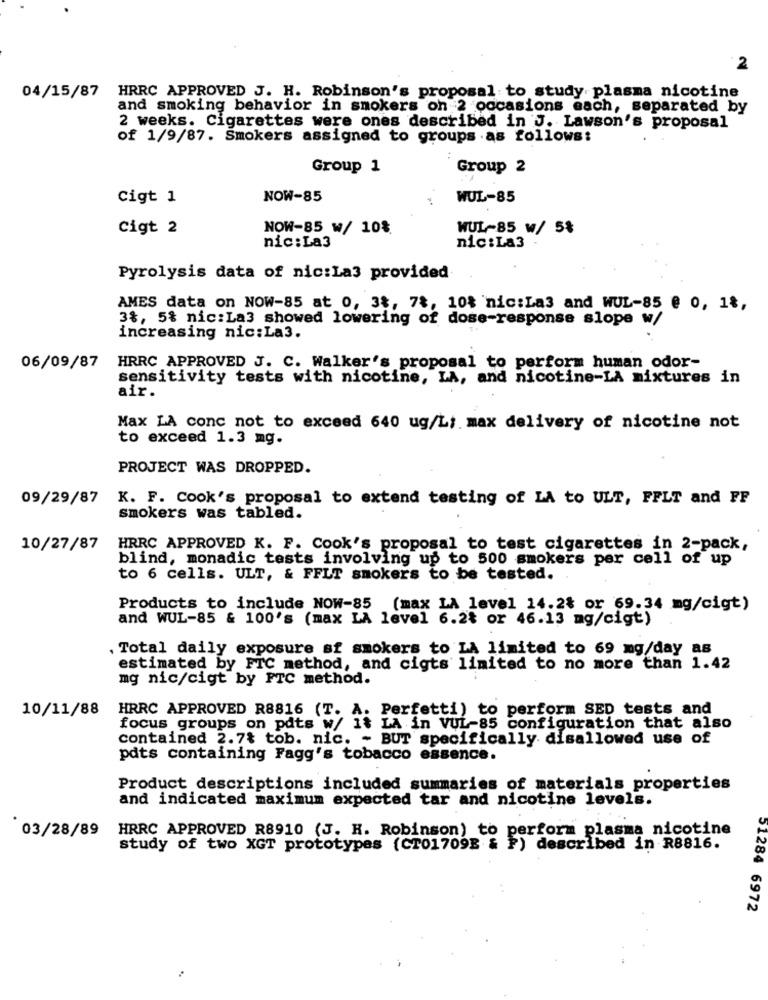
2
04/15/87 HRRC APPROVED J. H. Robinson's proposal to study plasma nicotine
and smoking behavior in smokers on 2 occasions each, separated by
2 weeks. Cigarettes were ones described in J. Lawson's proposal
of 1/9/87. Smokers assigned to groups .as follows:
Group 1
Group 2
Cigt 1
NOW-85
WUL-85
Cigt 2
NOW-85 w/ 10%.
WUL-85 w/ 5%
nic:La3
nic: La3
Pyrolysis data of nic:La3 provided
AMES data on NOW-85 at 0, 3%, 7%, 10% 'nic:La3 and WUL-85 @ 0, 1%,
3%, 5% nic:La3 showed lowering of dose-response slope w/
increasing nic:La3.
06/09/87
HRRC APPROVED J. C. Walker's proposal to perform human odor-
sensitivity tests with nicotine, LA, and nicotine-LA mixtures in
air.
Max LA conc not to exceed 640 ug/Li max delivery of nicotine not
to exceed 1.3 mg.
PROJECT WAS DROPPED.
09/29/87
K. F. Cook's proposal to extend testing of LA to ULT, FFLT and FF
smokers was tabled.
10/27/87
HRRC APPROVED K. F. Cook's proposal to test cigarettes in 2-pack,
blind, monadic tests involving up to 500 smokers per cell of up
to 6 cells. ULT, & FFLT smokers to be tested.
Products to include NOW-85 (max LA level 14.2% or 69.34 mg/cigt)
and WUL-85 & 100's (max LA level 6.2t or 46.13 mg/cigt)
, Total daily exposure sf smokers to LA limited to 69 mg/day as
estimated by FTC method, and cigts limited to no more than 1.42
mg nic/cigt by FTC method.
10/11/88 HRRC APPROVED R8816 (T. A. Perfetti) to perform SED tests and
focus groups on pdts w/ 1& LA in VUL-85 configuration that also
contained 2.7% tob. nic. - BUT specifically disallowed use of
pdts containing Fagg's tobacco essence.
Product descriptions included summaries of materials properties
and indicated maximum expected tar and nicotine levels.
03/28/89
HRRC APPROVED R8910 (J. H. Robinson) to perform plasma nicotine
study of two XGT prototypes (CT01709B & P) described in R8816.
51284 6972